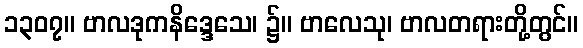
၁၃၀၇။ ဗာလဒုကနိဒ္ဒေသေ၊ ၌။ ဗာလေသု၊ ဗာလတရားတို့တွင်။